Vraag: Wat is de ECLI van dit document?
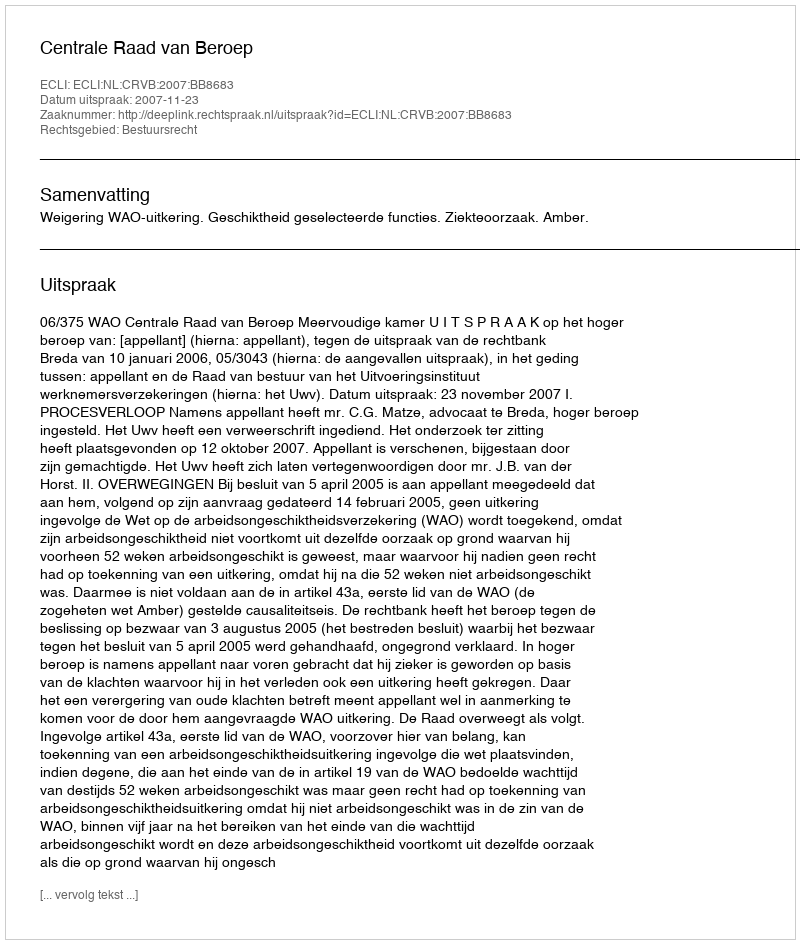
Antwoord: ECLI:NL:CRVB:2007:BB8683